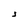
Character: J